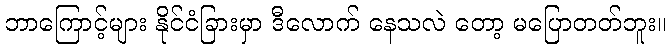
ဘာကြောင့်များ နိုင်ငံခြားမှာ ဒီလောက် နေသလဲ တော့ မပြောတတ်ဘူး။